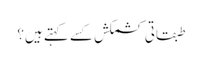
طبقاتی کشمکش کسے کہتے ہیں؟